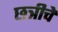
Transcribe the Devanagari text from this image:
छत्रीचे